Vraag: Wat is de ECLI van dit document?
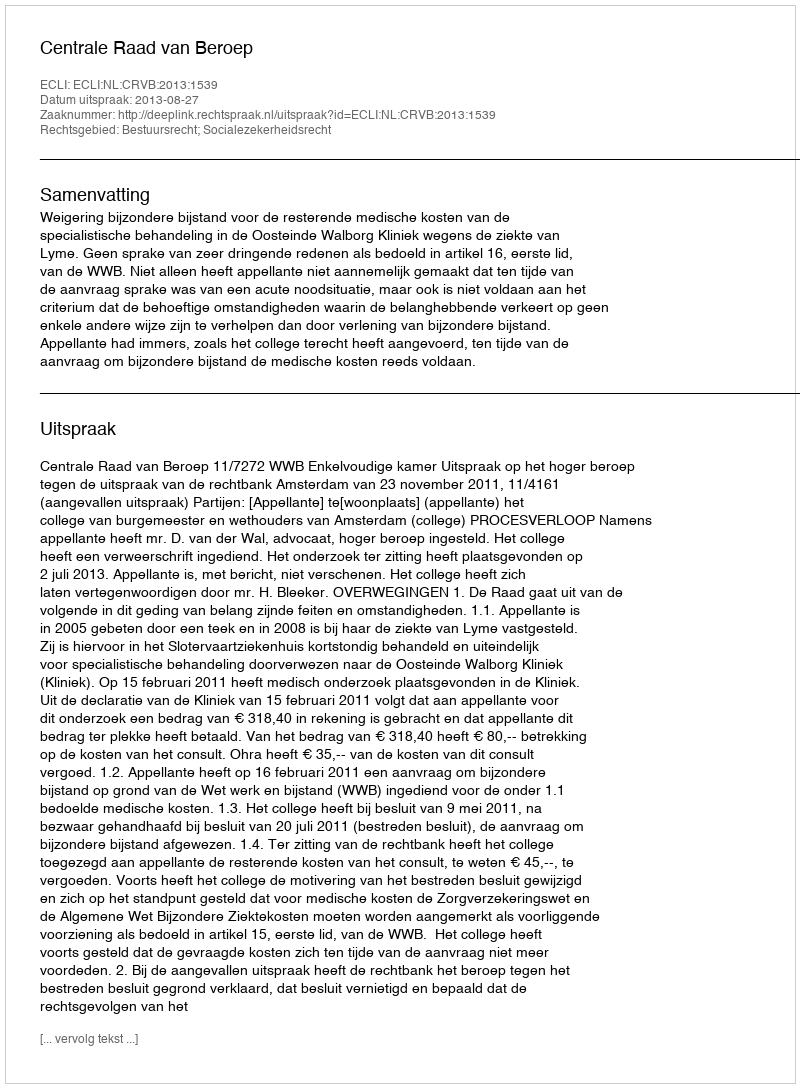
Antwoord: ECLI:NL:CRVB:2013:1539